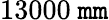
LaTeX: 13000\ \mathtt{m}\mathtt{m}